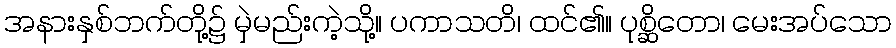
အနားနှစ်ဘက်တို့၌ မှဲမည်းကဲ့သို့။ ပကာသတိ၊ ထင်၏။ ပုစ္ဆိတော၊ မေးအပ်သော